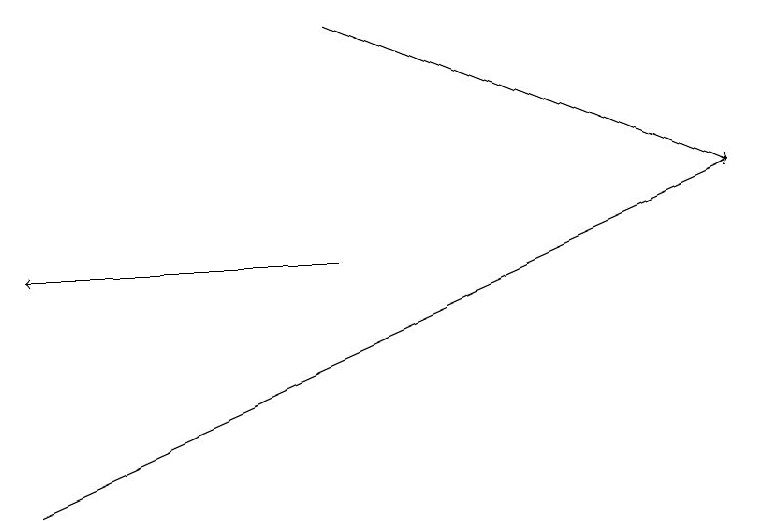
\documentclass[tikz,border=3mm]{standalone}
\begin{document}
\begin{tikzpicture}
\draw[->] (4,18) -- (9,16);
\draw[->] (0,12) -- (9,16);
\draw[->] (4,15) -- (0,15);
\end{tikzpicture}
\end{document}